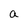
Character: a